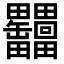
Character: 𦉩